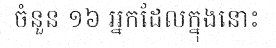
ចំនួន ១៦ អ្នកដែលក្នុងនោះ